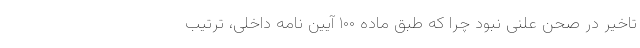
تاخیر در صحن علنی نبود چرا که طبق ماده ۱۰۰ آیین نامه داخلی، ترتیب